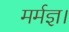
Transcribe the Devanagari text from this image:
मर्मज्ञ।